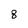
Character: 8